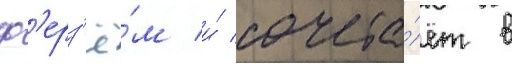
ф'ерз'ё́м и́ сочета́ет в